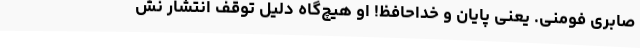
صابری فومنی. یعنی پایان و خداحافظ! او هیچ‌گاه دلیل توقف انتشار نش